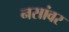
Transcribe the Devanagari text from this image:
नसांवर